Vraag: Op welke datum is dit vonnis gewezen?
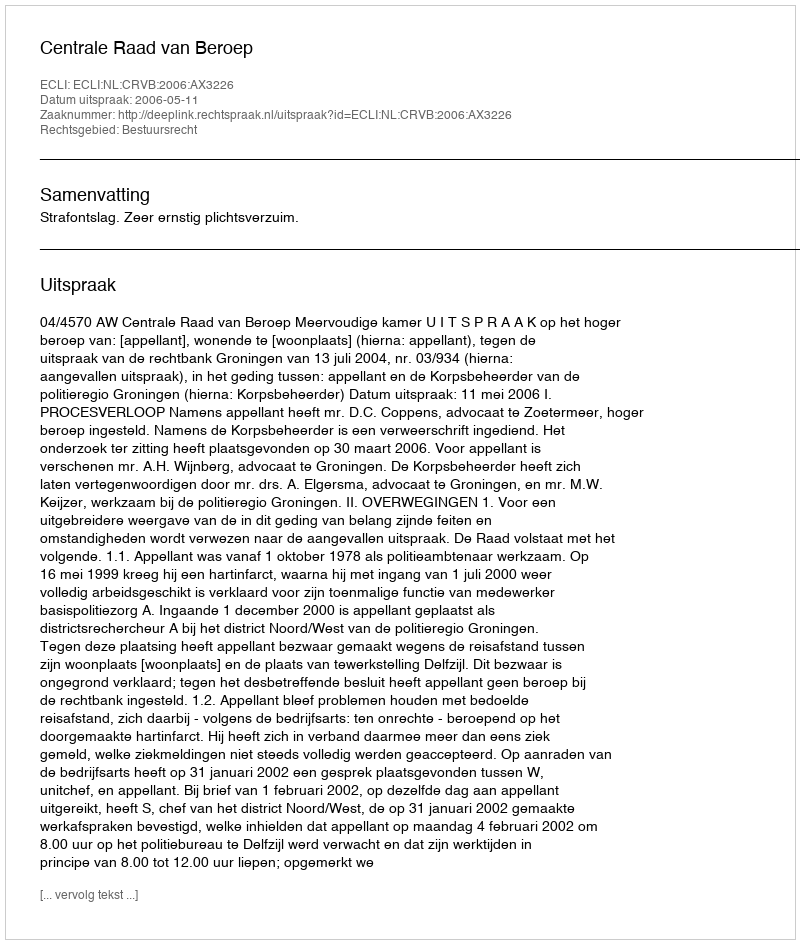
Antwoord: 2006-05-11